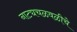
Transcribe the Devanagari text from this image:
नाट्यचळवळीचे